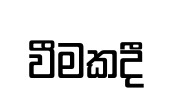
වීමකදී